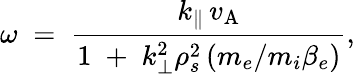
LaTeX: \omega\; =\; \frac{k_{\| }\, v_{\mathrm{A}}}{1\; +\; k_{\bot}^{2}\rho_{s}^{2}\, (m_{e}/m_{i}\beta_{e})},